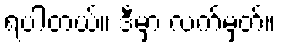
ရပါတယ်။ ဒီမှာ လက်မှတ်။